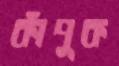
কাঁপুক